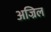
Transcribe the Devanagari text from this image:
अज्रिल